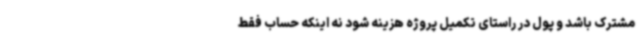
مشترک باشد و پول در راستای تکمیل پروژه هزینه شود نه اینکه حساب فقط